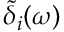
\tilde { \delta } _ { i } ( \omega )